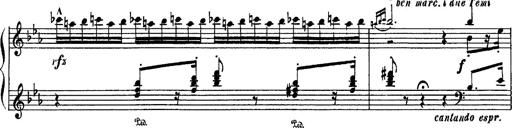
Title: Fantaisie sur des motifs favoris de l'opÃ©ra 'La sonnambula'
Composer: Franz Liszt